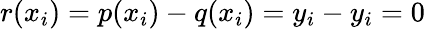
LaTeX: r(x_{i})=p(x_{i})-q(x_{i})=y_{i}-y_{i}=0